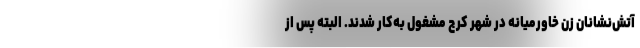
آتش‌نشانان زن خاورمیانه در شهر کرج مشغول به‌کار شدند. البته پس از